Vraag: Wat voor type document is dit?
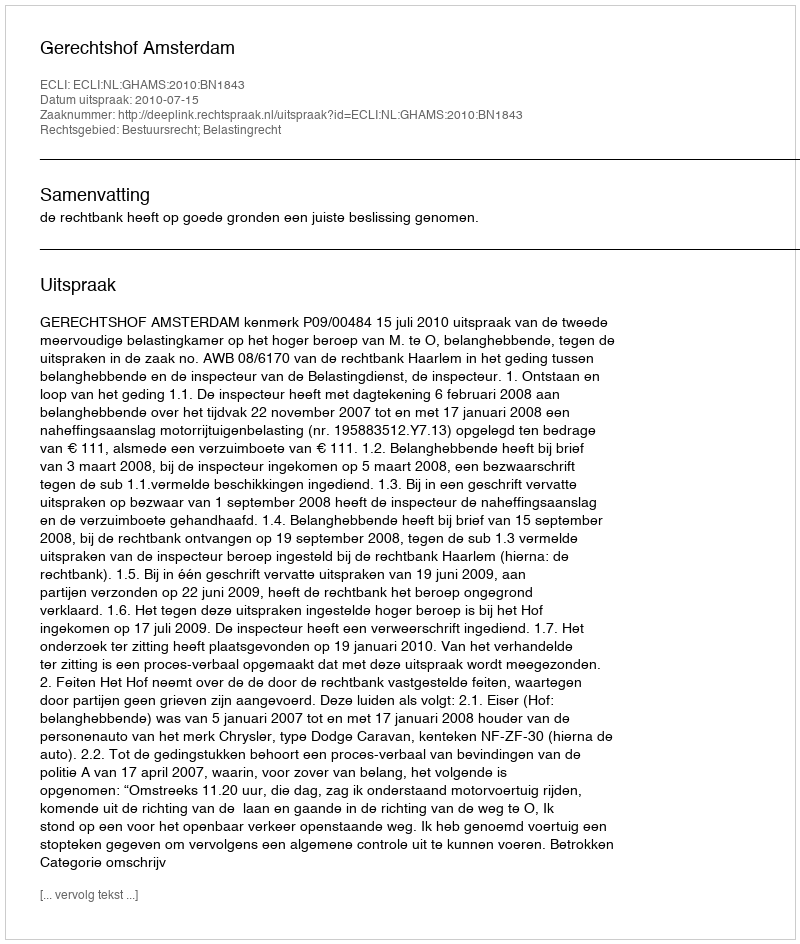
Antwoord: Uitspraak